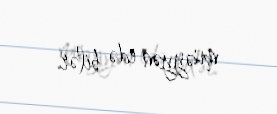
müəyyən edə bilər.